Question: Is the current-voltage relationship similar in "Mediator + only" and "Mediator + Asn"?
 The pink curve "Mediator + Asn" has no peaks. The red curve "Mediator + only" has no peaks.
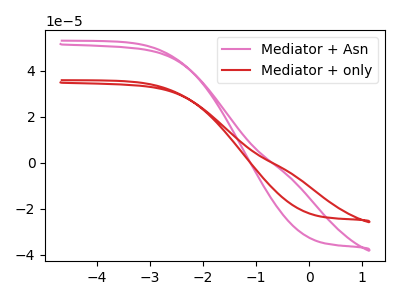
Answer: <think>Neither "Mediator + only" or "Mediator + Asn" have any peaks.
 </think>
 <answer>"Mediator + only" and "Mediator + Asn" are similar in shape.</answer>
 <eval>same_shape</eval>